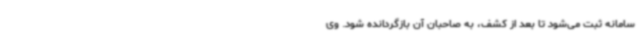
سامانه ثبت می‌شود تا بعد از کشف، به صاحبان آن بازگردانده شود. وی